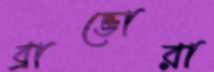
ব্রাভোরা